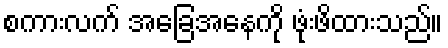
စကားလက် အခြေအနေကို ဖုံးဖိထားသည်။